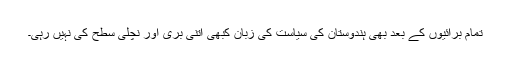
تمام برائیوں کے بعد بھی ہندوستان کی سیاست کی زبان کبھی اتنی بری اور نچلی سطح کی نہیں رہی۔